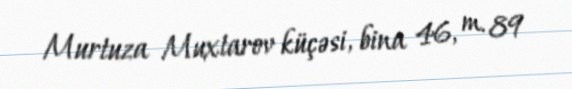
Murtuza Muxtarov küçəsi, bina 46, m. 89